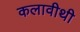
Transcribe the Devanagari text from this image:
कलावीथी